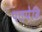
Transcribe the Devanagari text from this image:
पतपेढि